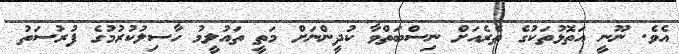
އެވެ. ނޫނީ އަތޮޅުތަކުގެ ތެރެއަށް ނިސްބަތްވާ ކުދީންނަށް މަތީ ތައުލީމު ހާސިލުކުރުމުގެ ފުރުސަތު